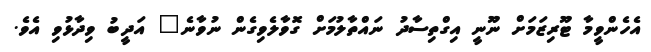
އެހެންވީމާ ޓޫރިޒަމަށް ނޫނީ އިގްތިސާދު ނައްތާލުމަށް ގޮވާލެވިގެން ނުވާނެ" އަދީބު ވިދާޅުވި އެވެ.